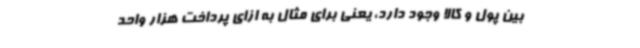
بین پول و کالا وجود دارد، یعنی برای مثال به ازای پرداخت هزار واحد